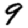
Digit: 9